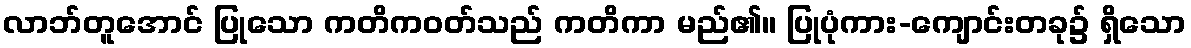
လာဘ်တူအောင် ပြုသော ကတိကဝတ်သည် ကတိကာ မည်၏။ ပြုပုံကား-ကျောင်းတခု၌ ရှိသော